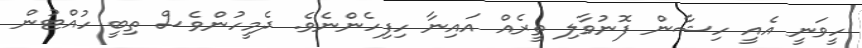
ހީވަނީ އެއީ ހިޝާން ފޮނުވާލި ތީރެއް އައިނާ ހިފިހެންނެވެ. ދެމީހުންވެސް ތިބީ ހުއްޓުން